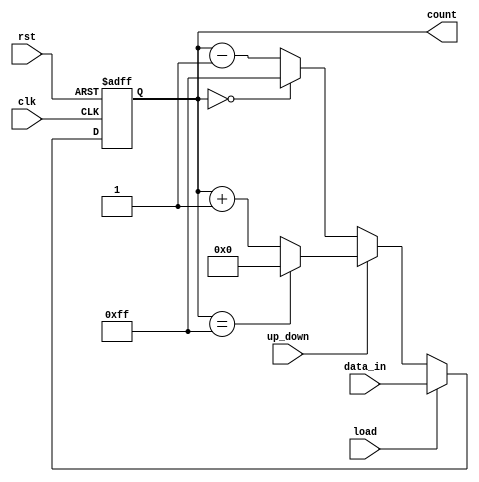
module UpDownCounter #(
    parameter N = 8 // Bit-width of the counter
)(
    input wire clk,           // Clock signal
    input wire rst,           // Asynchronous reset signal
    input wire up_down,       // Control signal for counting direction
    input wire load,          // Load signal
    input wire [N-1:0] data_in, // Input data for loading the counter
    output reg [N-1:0] count  // Current count value
);

    // Asynchronous reset and load functionality
    always @(posedge clk or posedge rst) begin
        if (rst) begin
            count <= 0; // Reset the counter to zero
        end else if (load) begin
            count <= data_in; // Load the input data into the counter
        end else begin
            // Count up or down based on the up_down signal
            if (up_down) begin
                // Count up with overflow handling
                count <= (count == {N{1'b1}}) ? 0 : count + 1; // Wrap around to 0
            end else begin
                // Count down with underflow handling
                count <= (count == 0) ? {N{1'b1}} : count - 1; // Wrap around to max value
            end
        end
    end

endmodule